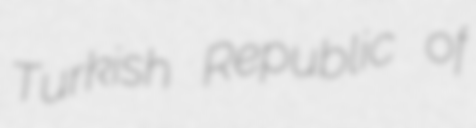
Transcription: Turkish Republic of